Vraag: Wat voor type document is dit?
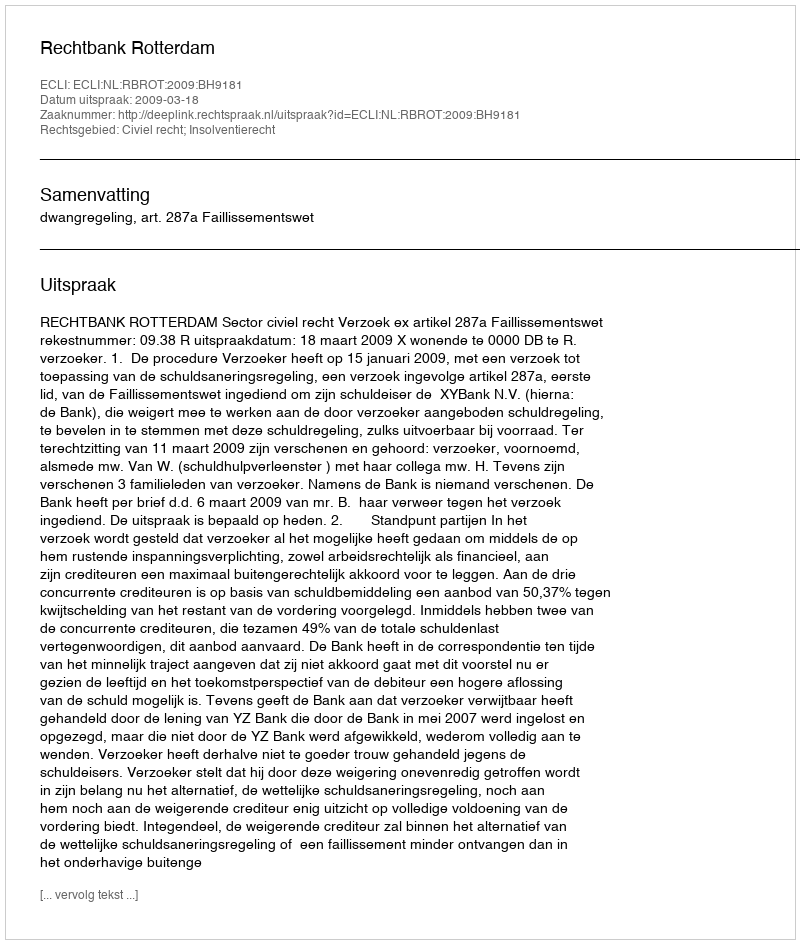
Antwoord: Uitspraak